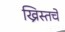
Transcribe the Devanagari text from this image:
ख्रिस्तचे